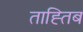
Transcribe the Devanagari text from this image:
ताह्तिब